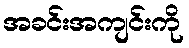
အခင်းအကျင်းကို